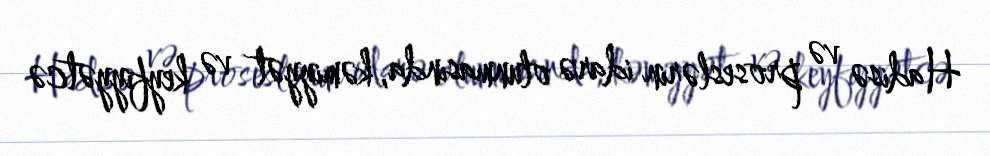
Hadisə və proseslərin idarə olunmasında, kəmiyyət və keyfiyyətcə